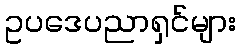
ဥပဒေပညာရှင်များ